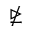
\ntrianglerighteq